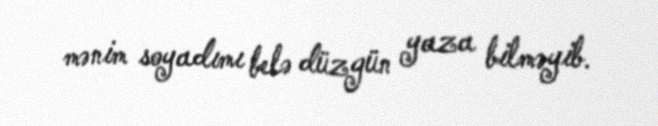
mənim soyadımı belə düzgün yaza bilməyib.